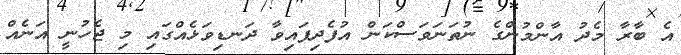
އެ ބާރާ މެދު އާންމުންގެ ނުތަނަވަސްކަން އުފެދިފައިވާ ދަނޑިވަޅެއްގައި މި ޖެހުނީ އަނެއް